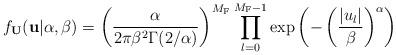
LaTeX: \begin{align*}f_\mathbf{U}(\mathbf{u}|\alpha, \beta) = \left(\frac{\alpha}{2\pi\beta^2\Gamma(2/\alpha)}\right)^{M_\mathrm{F}}\prod_{l=0}^{M_\mathrm{F}-1}\exp\left(-\left(\frac{|u_l|}{\beta}\right)^\alpha\right)\end{align*}